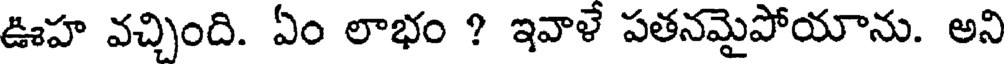
ఊహ వచ్చింది. ఏం లాభం ? ఇవాళే పతనమైపోయాను. అని